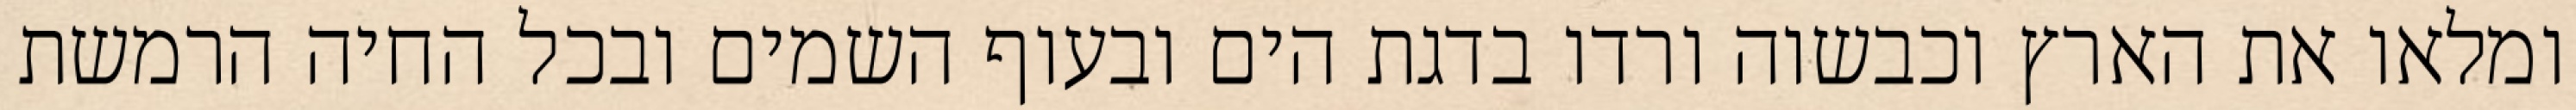
ומלאו את הארץ וכבשוה ורדו בדגת הים ובעוף השמים ובכל החיה הרמשת